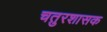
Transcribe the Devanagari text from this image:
चतुरशासक